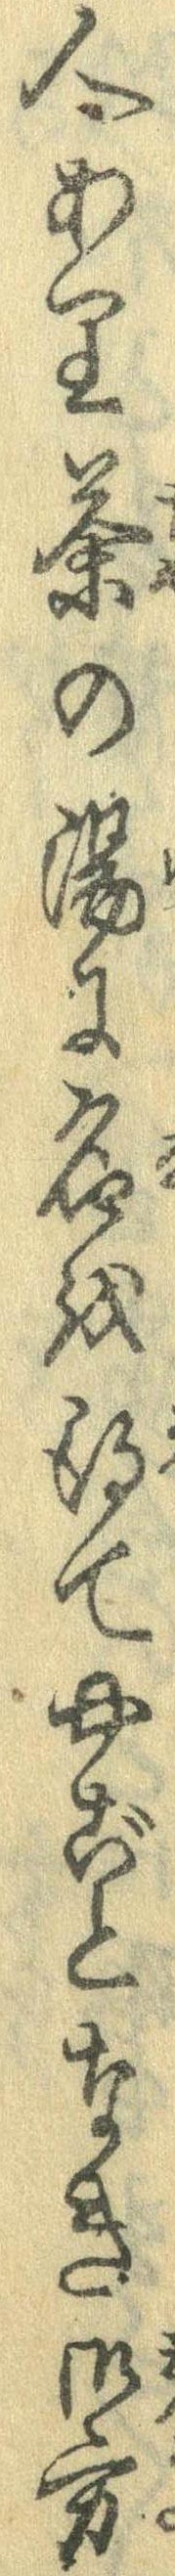
人あり茶の湯に名を得てやごとなき御方